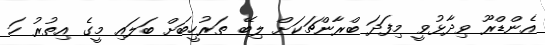
އެންޑްރޫ ވިދާޅުވީ މިފަދަ ބްރާންޗަކަށް ލިބޭ ތަރުހީބަށް ބަލައި މީގެ އިތުރު ހަ